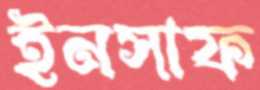
ইনসাফ